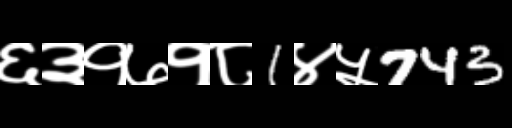
Text: ६३१७१८1४५743